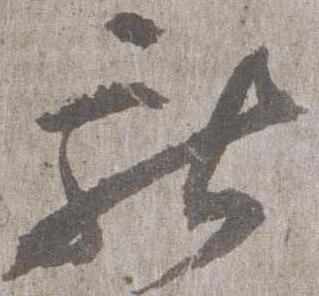
献